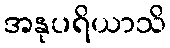
အနုပရိယာသိ